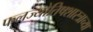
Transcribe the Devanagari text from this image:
फलज्योतिषशास्त्राच्या